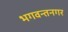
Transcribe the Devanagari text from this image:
भगवन्तनगर